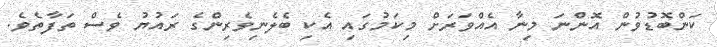
ކަންބޮޑުވުން އޮންނަ މިނާ އެއްވަރަށް މިކަމުގައި އެކި ބެލެނިވެރިންގެ ރައުޔު ވެސް ތަފާތެވެ.